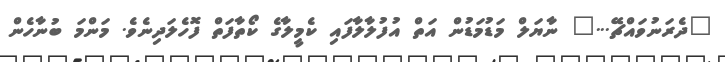
"ދެރަނުވައްޗޭ..." ނާޔަލް މަޑުމަޑުން އަތް އުފުލާލާފައި ކެމީލާގެ ކޯތާފަތް ފޮހެލަދިނެވެ. މަންމަ ބުނާހެން